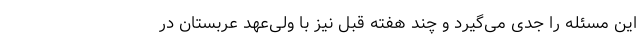
این مسئله را جدی می‌گیرد و چند هفته قبل نیز با ولی‌عهد عربستان در